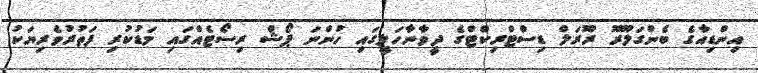
އިންޑިއާގެ ބެންގަލޫރޫ ރޫރަލް ޑިސްޓްރިކްޓްގެ ދީވާނާހަލީގައި ހުންނަ ޕޯޝް ރިސޯޓެއްގައި މަޑުކުރި ފަތުރުވެރިޔަކު